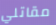
مقاتلي